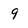
Character: 9